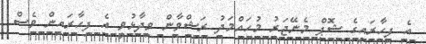
އެ ފިހާރައިގެ ޝޮޕް މެނޭޖަރު މުހައްމަދު ރަޝްވާން ވިދާޅުވީ އެ ފިހާރައިން ވެސް